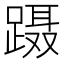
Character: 蹑